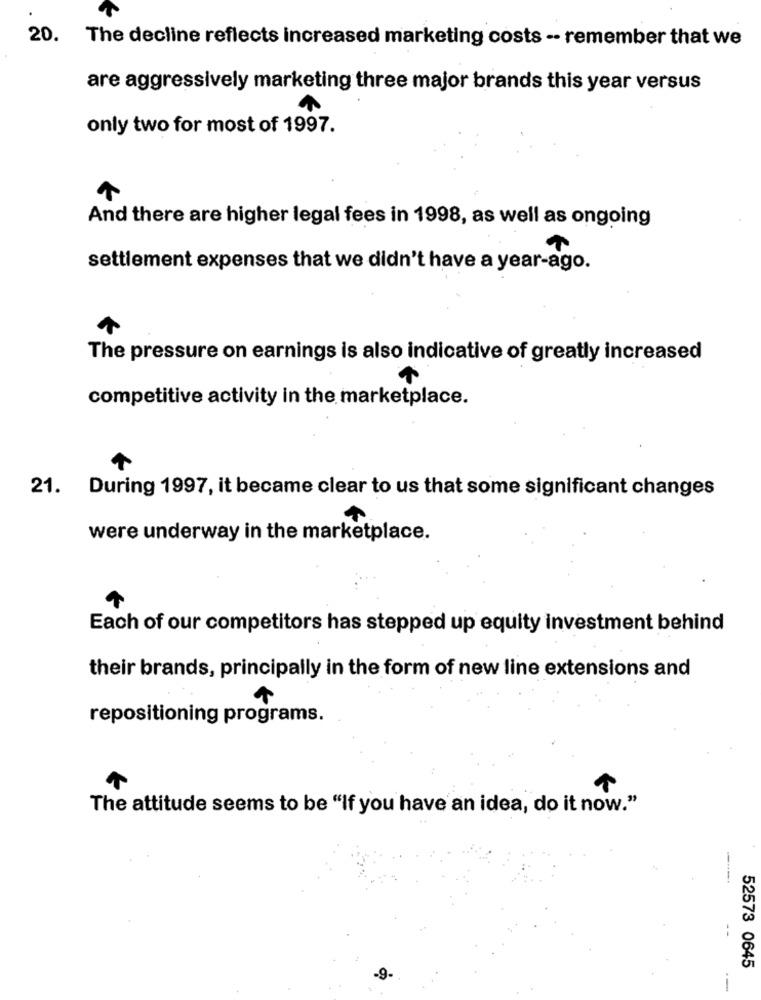
20. The decline reflects increased marketing costs -- remember that we
are aggressively marketing three major brands this year versus
only two for most of 1997.
And there are higher legal fees in 1998, as well as ongoing
settlement expenses that we didn't have a year-ago.
The pressure on earnings is also indicative of greatly increased
competitive activity in the marketplace.
21. During 1997, it became clear to us that some significant changes
were underway in the marketplace.
Each of our competitors has stepped up equity investment behind
their brands, principally in the form of new line extensions and
repositioning programs.
The attitude seems to be "If you have an idea, do it now."
52573 0645